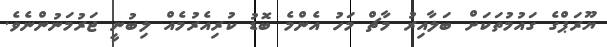
ޔޫރަޕްގެ ގައުމުތަކަށް ބަލާއިރު މާޗް މަހު އެންމެ ބޮޑު ކުރިއެރުމެއް ލިބުނީ ޖަރުމަނުންނެވެ.